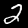
Label: 2